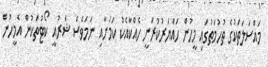
މައްސަލަތަކުގެ ތުހުމަތުގައި މީހުން ހައްޔަރުކުރަނީ ހެއްކާއެކު ކަމަށާއި ނަމަވެސް ޝަރުއީ ކޯޓުތަކުން އެމީހުން